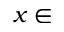
x \in